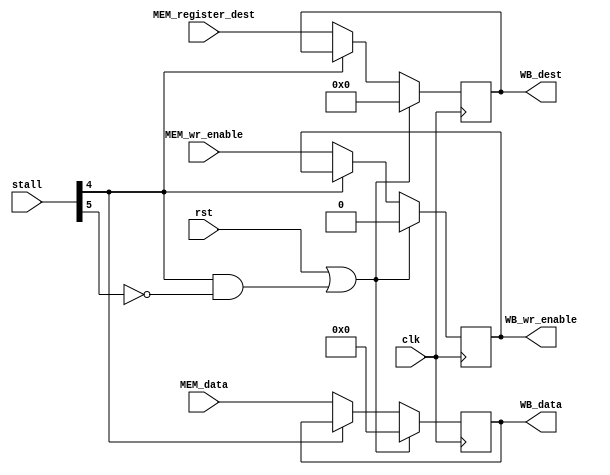
module reg_MEM_WB#(parameter XLEN = 32)
                  (input wire clk,
                   rst,
                   input wire [5:0] stall,
                   input wire [XLEN-1:0] MEM_data,
                   input wire MEM_wr_enable,
                   input wire [4:0] MEM_register_dest,
                   output reg [XLEN-1:0] WB_data,
                   output reg WB_wr_enable,
                   output reg [4:0] WB_dest);
    
    always @ (posedge clk) begin
        if (rst || (stall[4] && !stall[5])) begin
            WB_data      <= 0;
            WB_wr_enable <= 0;
            WB_dest      <= 0;
            end else if (!stall[4]) begin
            WB_data      <= MEM_data;
            WB_wr_enable <= MEM_wr_enable;
            WB_dest      <= MEM_register_dest;
        end
    end
endmodule